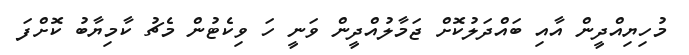
މުހިޔިއްދީން އާއި ބައްދަލުކޮށް ޖަމާލުއްދީން ވަނީ ހަ ވިކެޓުން މެޗު ކާމިޔާބު ކޮށްފަ